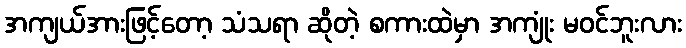
အကျယ်အားဖြင့်တော့ သံသရာ ဆိုတဲ့ စကားထဲမှာ အကျုံး မဝင်ဘူးလား